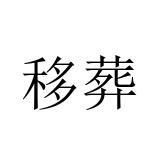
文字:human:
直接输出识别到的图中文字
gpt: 移葬